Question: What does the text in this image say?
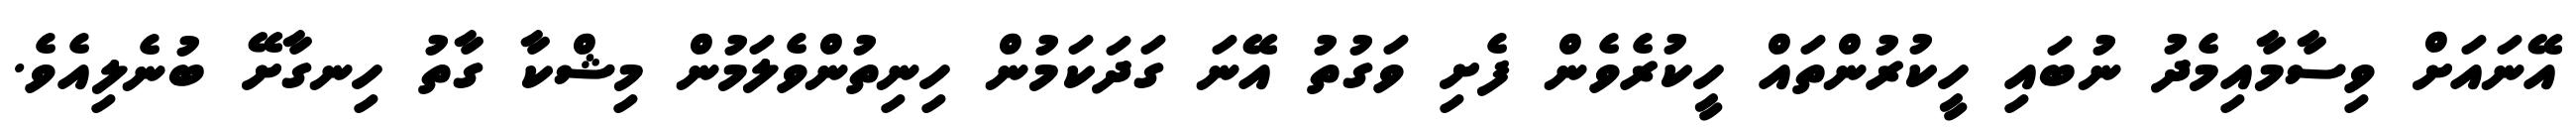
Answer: އޭނައަށް ވިސާމާއިމެދު ނުބައި ހީކުރުންތައް ހީކުރެވެން ފެށި ވަގުތު އޭނަ ގަދަކަމުން ހިނިތުންވެލަމުން މިޝްކާ ގާތު ހިނގާށޭ ބުނެލިއެވެ.